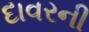
દાવરની